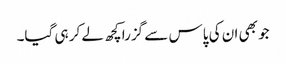
جو بھی ان کی پاس سے گزرا کچھ لے کر ہی گیا۔